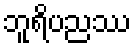
ဘူရိပညဿ